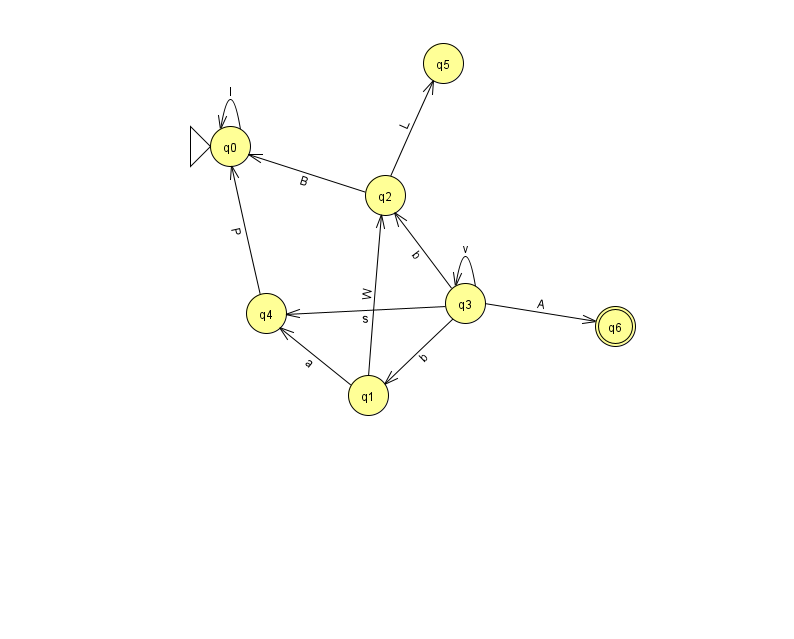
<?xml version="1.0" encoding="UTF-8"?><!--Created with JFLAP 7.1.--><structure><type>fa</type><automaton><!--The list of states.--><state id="0" name="q0"><x>230.0</x><y>133.0</y><initial/></state><state id="1" name="q1"><x>368.0</x><y>382.0</y></state><state id="2" name="q2"><x>385.0</x><y>182.0</y></state><state id="3" name="q3"><x>465.0</x><y>290.0</y></state><state id="4" name="q4"><x>266.0</x><y>300.0</y></state><state id="5" name="q5"><x>443.0</x><y>50.0</y></state><state id="6" name="q6"><x>615.0</x><y>313.0</y><final/></state><!--The list of transitions.--><transition><from>1</from><to>4</to><read>a</read></transition><transition><from>3</from><to>6</to><read>A</read></transition><transition><from>3</from><to>1</to><read>b</read></transition><transition><from>3</from><to>4</to><read>s</read></transition><transition><from>2</from><to>0</to><read>B</read></transition><transition><from>2</from><to>5</to><read>L</read></transition><transition><from>3</from><to>2</to><read>b</read></transition><transition><from>4</from><to>0</to><read>P</read></transition><transition><from>1</from><to>2</to><read>W</read></transition><transition><from>3</from><to>3</to><read>v</read></transition><transition><from>0</from><to>0</to><read>I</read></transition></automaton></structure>